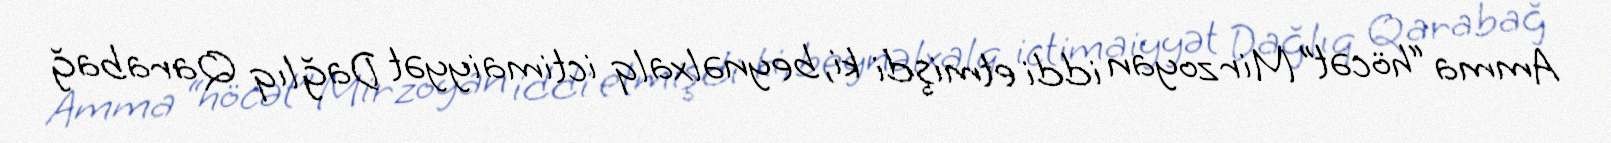
Amma “höcət” Mirzoyan iddi etmişdi ki, beynəlxalq ictimaiyyət Dağlıq Qarabağ